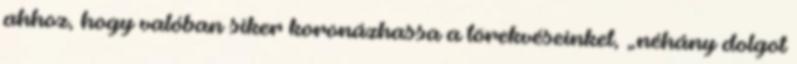
ahhoz, hogy valóban siker koronázhassa a törekvéseinket, „néhány dolgot